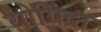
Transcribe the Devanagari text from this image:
योगिंद्रा